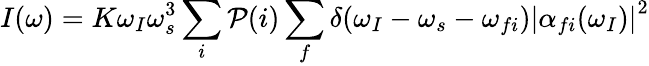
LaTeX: I(\omega)=K\omega_{I}\omega_{s}^{3}\sum_{i}\mathcal{P}(i)\sum_{f}\delta(\omega_{I}-\omega_{s}-\omega_{fi})\left|\alpha_{fi}(\omega_{I})\right|^{2}